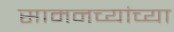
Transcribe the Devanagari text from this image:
सामनच्यांच्या